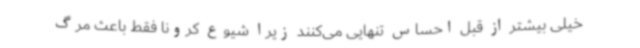
خیلی بیشتر از قبل احساس تنهایی می‌کنند زیرا شیوع کرونا فقط باعث مرگ